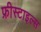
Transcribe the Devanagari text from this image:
फ्रीस्टाइल्स